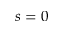
s = 0